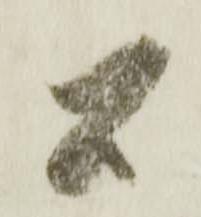
公